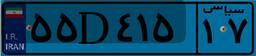
۵۵D۴۱۵۱۷